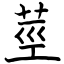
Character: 莖